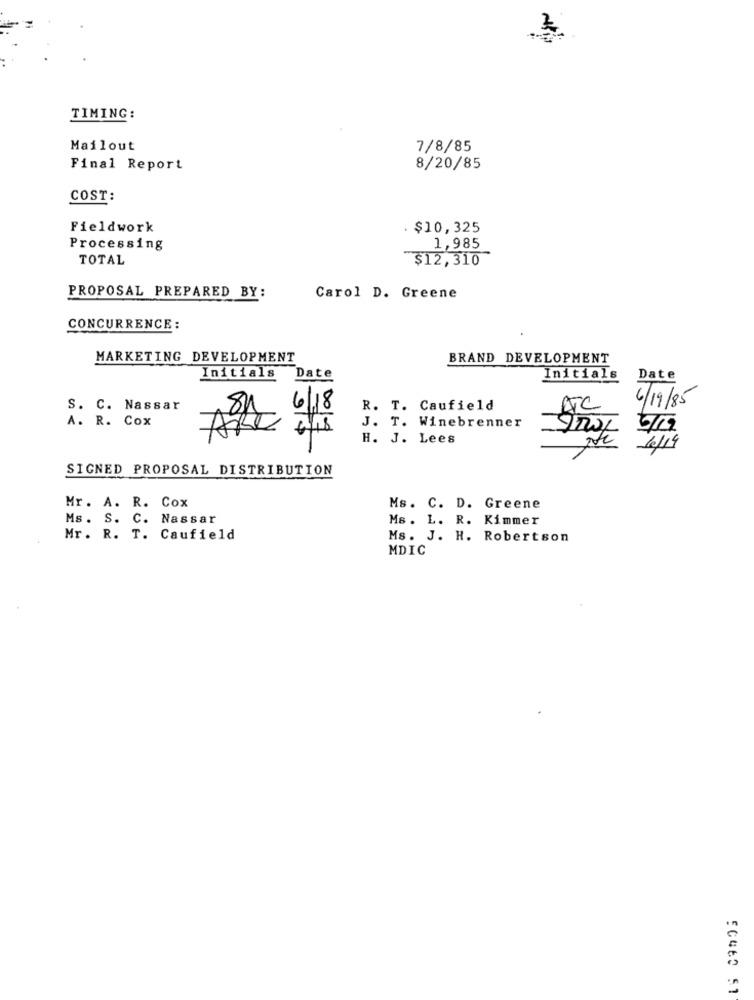
TIMING:
Mailout
7/8/85
Final Report
8/20/85
COST:
Fieldwork
. $10,325
Processing
1,985
TOTAL
$12,310
PROPOSAL PREPARED BY:
Carol D. Greene
CONCURRENCE :
MARKETING DEVELOPMENT
BRAND DEVELOPMENT
Initials Date
Initials
Date
S. C. Nassar
6/18
R. T. Caufield
ATC
6/19/85
A. R. Cox
J. T. Winebrenner
6/19
H. J. Lees
10/19
SIGNED PROPOSAL DISTRIBUTION
Mr. A. R. Cox
Ms. C. D. Greene
Ms. S. C. Nassar
MB. L. R. Kimmer
Mr. R. T. Caufield
Ms. J. H. Robertson
MDIC
5C460 51